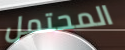
المحتمل